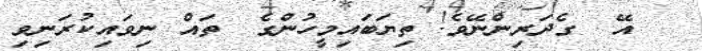
އޭ  ގެދަރިންނޭވެ! ތިޔަބައިމީހުންގެ  ތައް ނިވައިކުރަނިވި